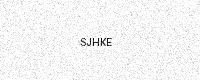
Text: SJHKE